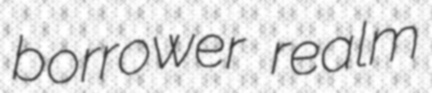
borrower realm